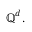
\mathbb { Q } ^ { d } .